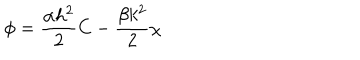
\phi = \frac { \alpha h ^ { 2 } } { 2 } C - \frac { \beta k ^ { 2 } } { 2 } \chi